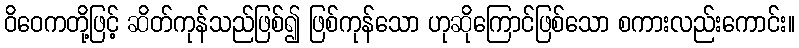
ဝိဝေကတို့ဖြင့် ဆိတ်ကုန်သည်ဖြစ်၍ ဖြစ်ကုန်သော ဟုဆိုကြောင်ဖြစ်သော စကားလည်းကောင်း။